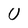
Character: U